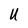
Character: U